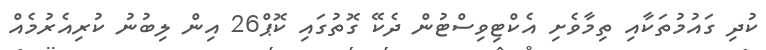
ކުދި ގައުމުތަކާއި ތިމާވެށި އެކްޓިވިސްޓުން ދެކޭ ގޮތުގައި ކޮޕް26 އިން ލިބުނު ކުރިއެރުމެއް